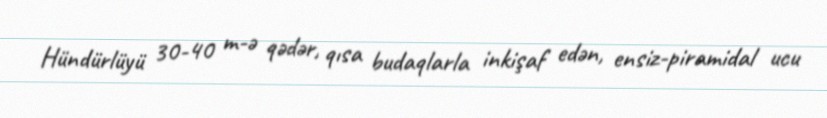
Hündürlüyü 30-40 m-ə qədər, qısa budaqlarla inkişaf edən, ensiz-piramidal ucu